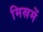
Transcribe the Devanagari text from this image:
मिस्रमें